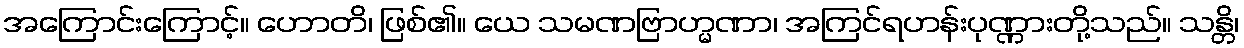
အကြောင်းကြောင့်။ ဟောတိ၊ ဖြစ်၏။ ယေ သမဏဗြာဟ္မဏာ၊ အကြင်ရဟန်းပုဏ္ဏားတို့သည်။ သန္တိ၊